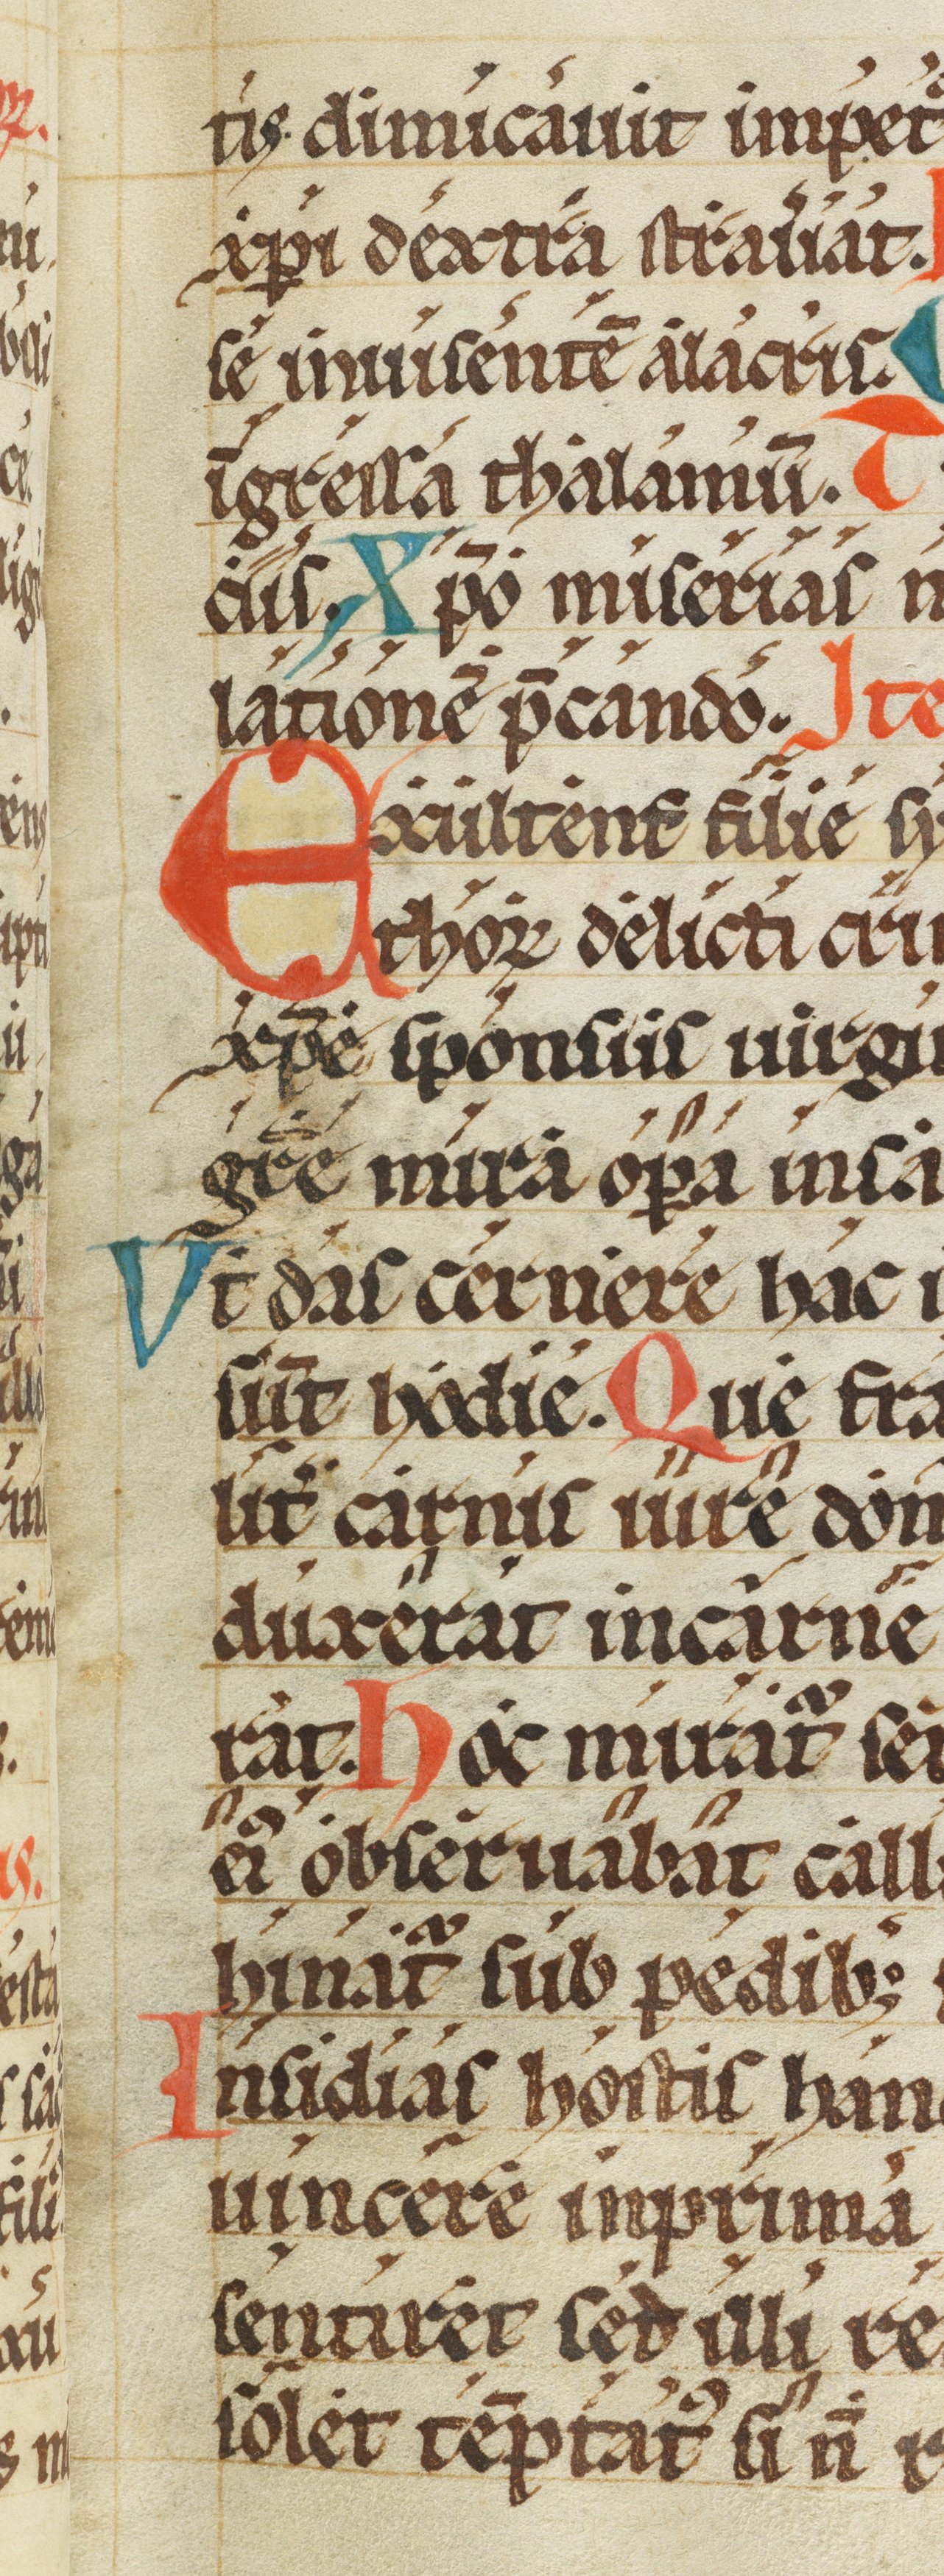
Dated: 1200–1299